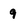
Character: 9